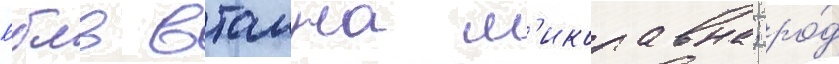
Бблв втална м'иколавна; ро́д